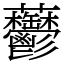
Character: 䖇